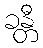
ခန္တီ